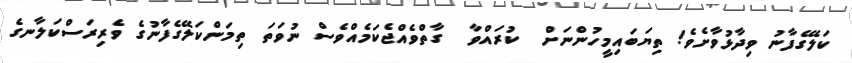
ކަލޭގެފާނު ވިދާޅުވާށެވެ! ތިޔަބައިމީހުންނަށް  ކުރައްވާ  ގާތްވެއްޖެކަމެއްވެސް ނުވަތަ ތިމަންކަލޭގެފާނުގެ ވެރިރަސްކަލާނގެ